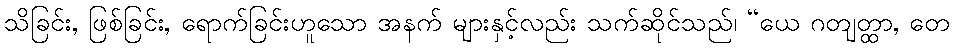
သိခြင်း, ဖြစ်ခြင်း, ရောက်ခြင်းဟူသော အနက် များနှင့်လည်း သက်ဆိုင်သည်၊ “ယေ ဂတျတ္ထာ, တေ